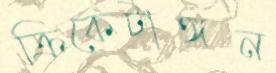
ক্রিকেটাঙ্গন